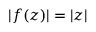
| f ( z ) | = | z |